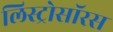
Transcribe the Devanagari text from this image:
लिस्ट्रोसॉरस